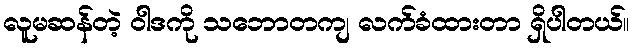
လူမဆန်တဲ့ ဝါဒကို သဘောတကျ လက်ခံထားတာ ရှိပါတယ်။